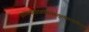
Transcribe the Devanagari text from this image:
उत्थायभास्वंतमवेक्ष्यसूर्यंसदक्षिणांवि